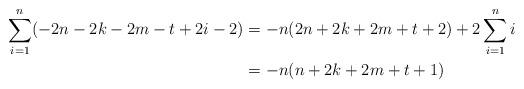
LaTeX: \begin{align*} \sum_{i=1}^n (-2n-2k-2m-t+2i-2) &= -n(2n+2k+2m+t+2) +2\sum_{i=1}^n i \\ &= -n(n+2k+2m+t+1) \end{align*}